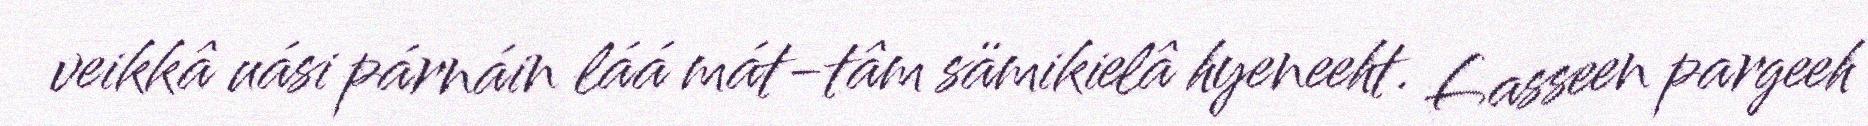
veikkâ uási párnáin láá mát-tâm sämikielâ hyeneeht. Lasseen pargeeh